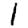
Digit: 1